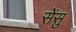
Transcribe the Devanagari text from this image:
सेंसु